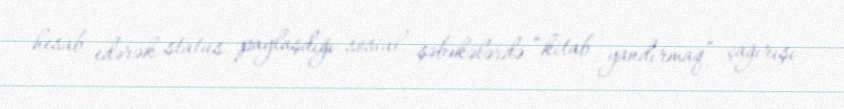
hesab edərək status paylaşdığı sosial şəbəkələrdə “kitab yandırmaq” çağırışı